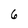
Character: 6